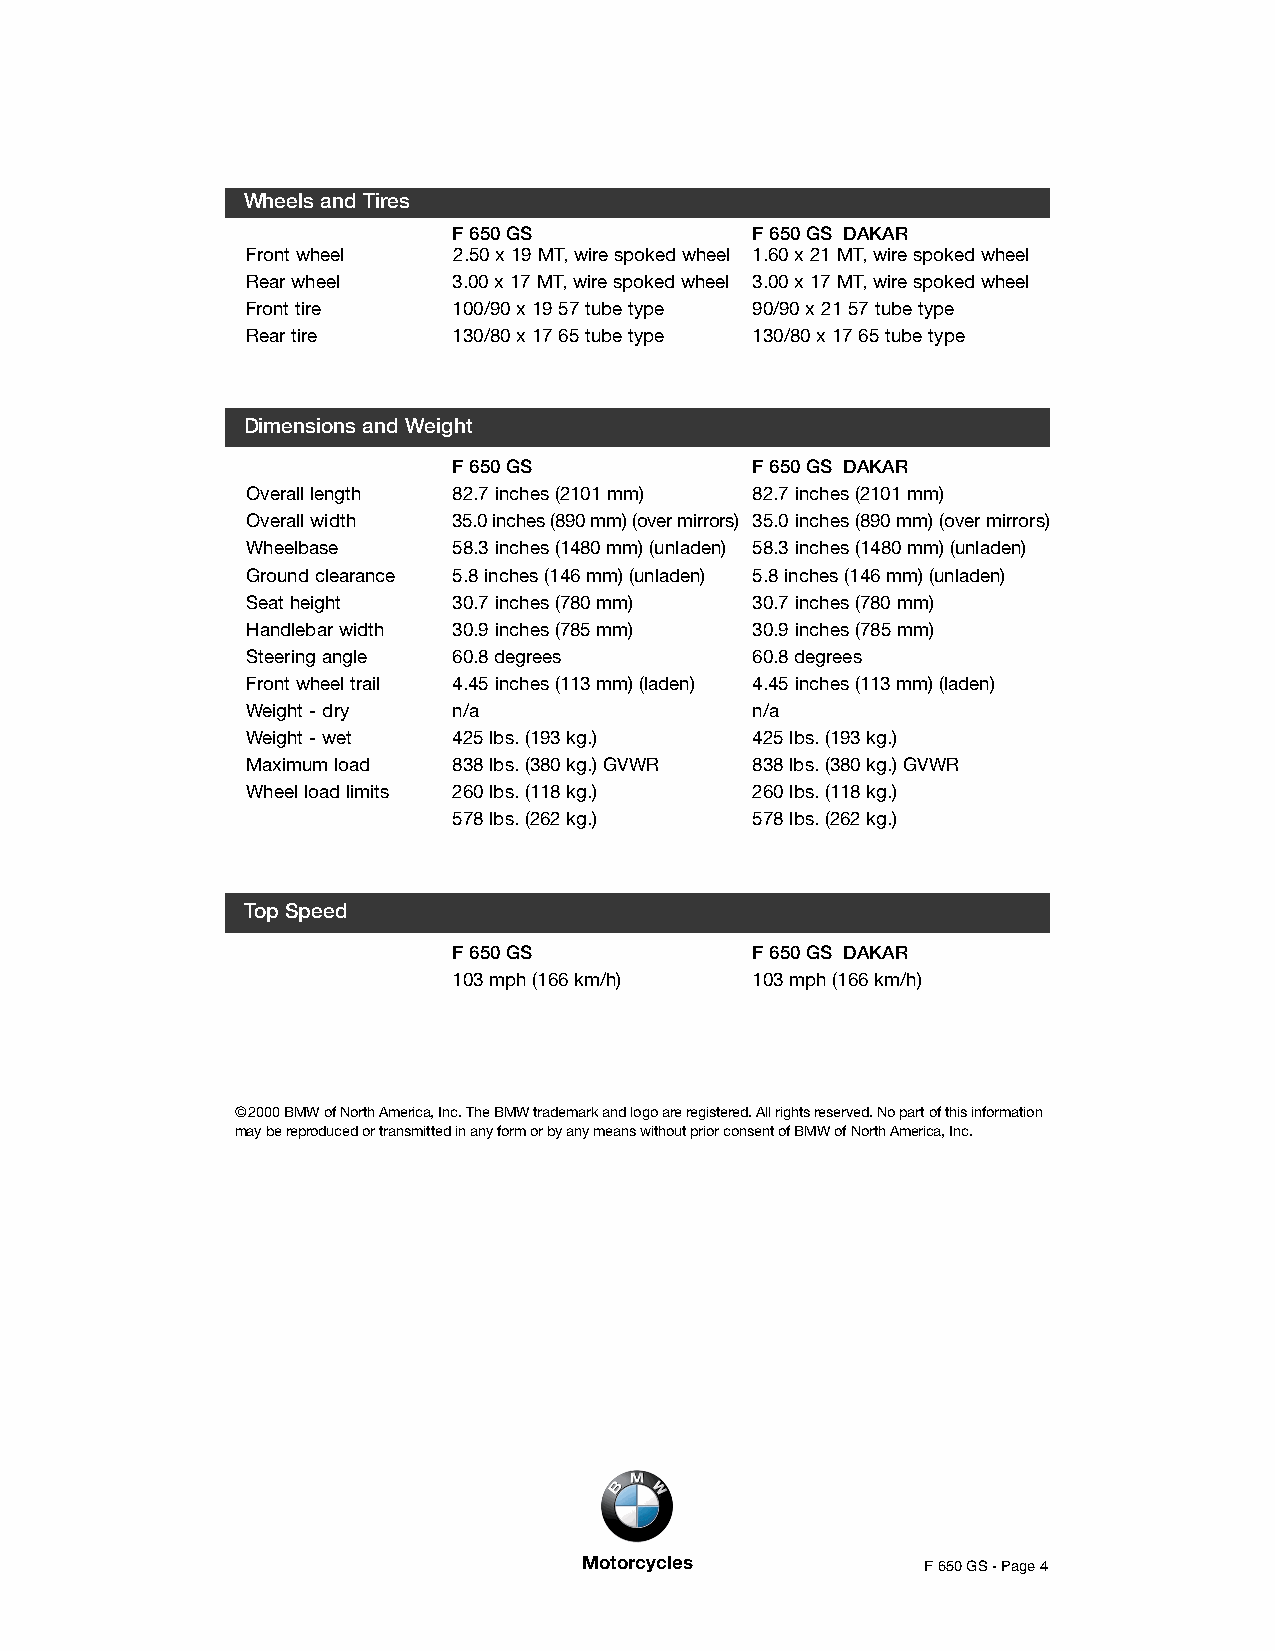
Wheels and Tires
 F 650 GS            F 650 GS DAKAR
 Front wheel   2.50 x 19 MT, wire spoked wheel 1.60 x 21 MT, wire spoked wheel
 Rear wheel    3.00 x 17 MT, wire spoked wheel 3.00 x 17 MT, wire spoked wheel
 Front tire    100/90 x 19 57 tube type 90/90 x 21 57 tube type
 Rear tire     130/80 x 17 65 tube type 130/80 x 17 65 tube type
 Dimensions and Weight
 F 650 GS            F 650 GS DAKAR
 Overall length 82.7 inches (2101 mm) 82.7 inches (2101 mm)
 Overall width 35.0 inches (890 mm) (over mirrors) 35.0 inches (890 mm) (over mirrors)
 Wheelbase     58.3 inches (1480 mm) (unladen) 58.3 inches (1480 mm) (unladen)
 Ground clearance 5.8 inches (146 mm) (unladen) 5.8 inches (146 mm) (unladen)
 Seat height   30.7 inches (780 mm) 30.7 inches (780 mm)
 Handlebar width 30.9 inches (785 mm) 30.9 inches (785 mm)
 Steering angle 60.8 degrees       60.8 degrees
 Front wheel trail 4.45 inches (113 mm) (laden) 4.45 inches (113 mm) (laden)
 Weight - dry  n/a                 n/a
 Weight - wet  425 lbs. (193 kg.)  425 lbs. (193 kg.)
 Maximum load  838 lbs. (380 kg.) GVWR 838 lbs. (380 kg.) GVWR
 Wheel load limits 260 lbs. (118 kg.) 260 lbs. (118 kg.)
 578 lbs. (262 kg.)  578 lbs. (262 kg.)
 Top Speed
 F 650 GS            F 650 GS DAKAR
 103 mph (166 km/h)  103 mph (166 km/h)
 ©2000 BMW of North America, Inc. The BMW trademark and logo are registered. All rights reserved. No part of this information
 may be reproduced or transmitted in any form or by any means without prior consent of BMW of North America, Inc.
 Motorcycles           F 650 GS - Page 4